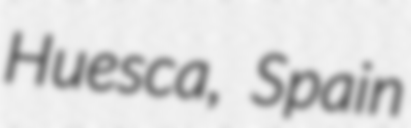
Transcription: Huesca, Spain